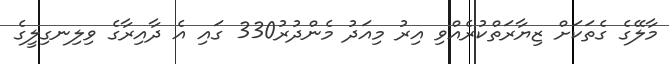
މާލޭގެ ގެތަކަށް ޒިޔާރަތްކުރެއްވި އިރު މިއަދު މެންދުރު330 ގައި އެ ދާއިރާގެ ވިލިނގިލީގެ